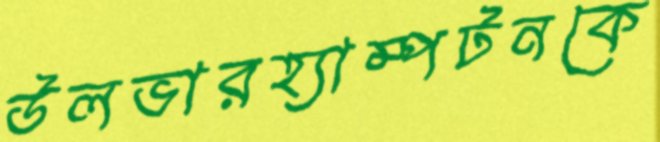
উলভারহ্যাম্পটনকে